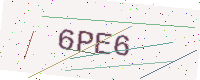
Text: 6PE6